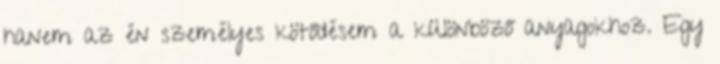
hanem az én személyes kötődésem a különböző anyagokhoz. Egy